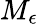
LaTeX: M_{\epsilon}